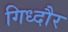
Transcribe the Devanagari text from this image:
गिध्दौर